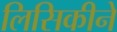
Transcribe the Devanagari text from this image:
लिसिकीने